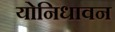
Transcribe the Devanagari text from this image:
योनिधावन